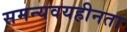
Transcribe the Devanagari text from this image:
समन्यवयहीनता